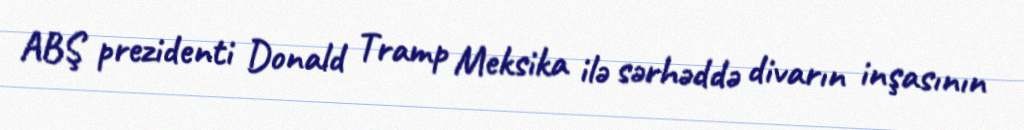
ABŞ prezidenti Donald Tramp Meksika ilə sərhəddə divarın inşasının